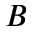
B